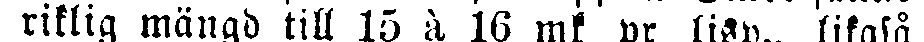
i riklig mängd till 15 à 6 mk pr lisp., likaså